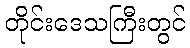
တိုင်းဒေသကြီးတွင်